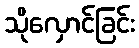
သိုလှောင်ခြင်း